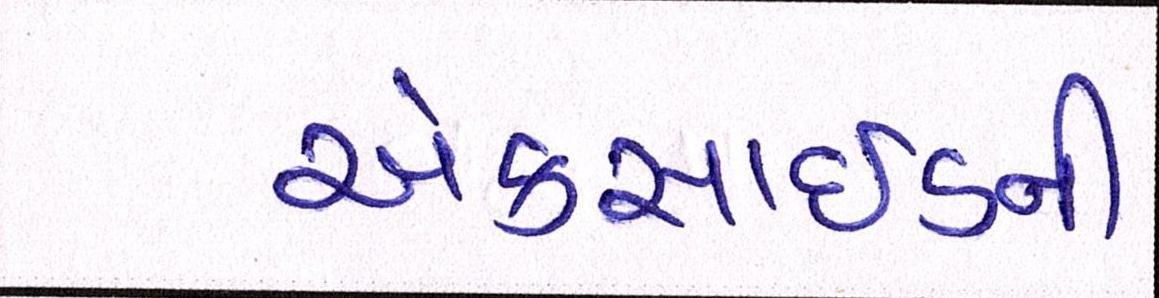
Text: એક્સાઇડની